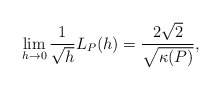
\begin{align*} \begin{aligned} \lim_{h\rightarrow 0} \frac{1}{\sqrt{h}}L_P(h)= \frac{2\sqrt{2}}{\sqrt{\kappa(P)}}, \end{aligned} \end{align*}